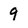
Character: 9